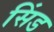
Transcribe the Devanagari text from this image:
सिंड